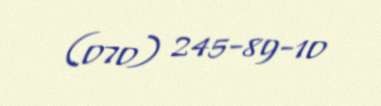
(070) 245-89-10